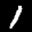
Label: 1